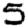
Digit: 5